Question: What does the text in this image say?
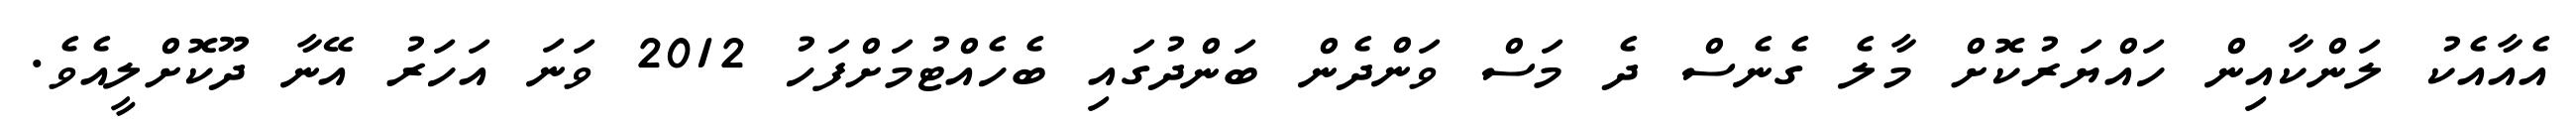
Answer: އެއާއެކު ލަންކާއިން ހައްޔަރުކޮށް މާލެ ގެނެސް ދެ މަސް ވަންދެން ބަންދުގައި ބެހެއްޓުމަށްފަހު 2012 ވަނަ އަހަރު އޭނާ ދޫކޮށްލީއެވެ.